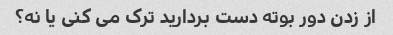
از زدن دور بوته دست بردارید ترک می کنی یا نه؟